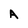
Character: A